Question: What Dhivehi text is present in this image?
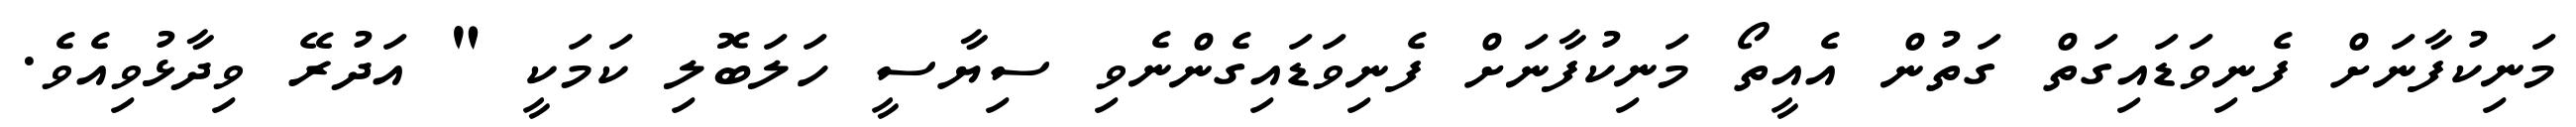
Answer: މަނިކުފާނަށް ފެނިވަޑައިގަތް ގަތުން އެއީތޯ މަނިކުފާނަށް ފެނިވަޑައިގެންނެވި ސިޔާސީ ހަލަބޮލި ކަމަކީ " އަދުރޭ ވިދާޅުވިއެވެ.